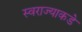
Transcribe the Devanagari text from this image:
स्वराज्याकडे